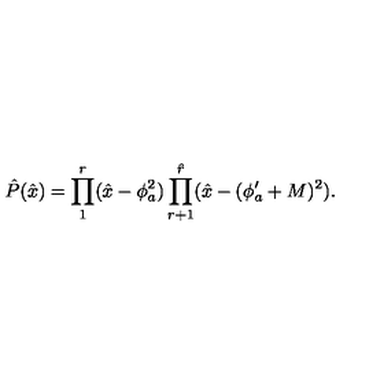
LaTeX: \hat { P } ( \hat { x } ) = \prod _ { 1 } ^ { r } ( \hat { x } - \phi _ { a } ^ { 2 } ) \prod _ { r + 1 } ^ { \hat { r } } ( \hat { x } - ( \phi _ { a } ^ { \prime } + M ) ^ { 2 } ) .